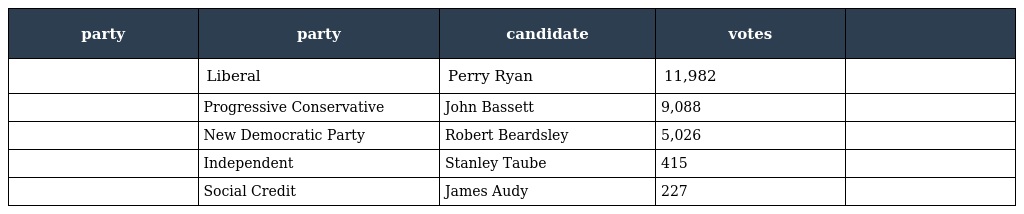
| party | party | candidate | votes |  |
 | --- | --- | --- | --- | --- |
 |  | Liberal | Perry Ryan | 11,982 |  |
 |  | Progressive Conservative | John Bassett | 9,088 |  |
 |  | New Democratic Party | Robert Beardsley | 5,026 |  |
 |  | Independent | Stanley Taube | 415 |  |
 |  | Social Credit | James Audy | 227 |  |